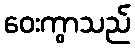
ဝေးကွာသည်